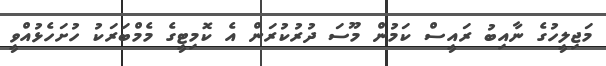
މަޖިލީހުގެ ނާއިބު ރައީސް ކަމުން މޫސަ ދުރުކުރަން އެ ކޮމިޓީގެ މެމްބަރަކު ހުށަހެޅުއްވީ